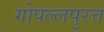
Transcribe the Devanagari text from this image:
गोपल्लपुरत्त